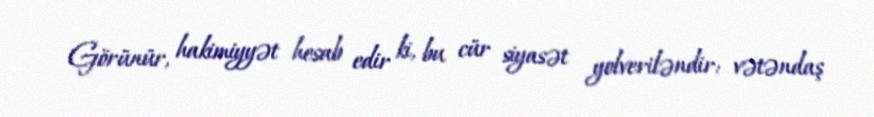
Görünür, hakimiyyət hesab edir ki, bu cür siyasət yolveriləndir: vətəndaş